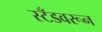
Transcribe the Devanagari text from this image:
स्टँडवरून